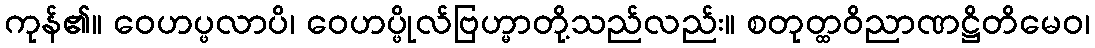
ကုန်၏။ ဝေဟပ္ဖလာပိ၊ ဝေဟပ္ဖိုလ်ဗြဟ္မာတို့သည်လည်း။ စတုတ္ထဝိညာဏဋ္ဌိတိမေဝ၊